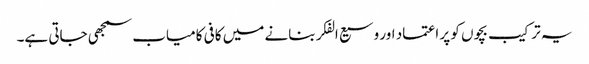
یہ ترکیب بچوں کو پر اعتماد اور وسیع الفکر بنانے میں کافی کامیاب سمجھی جاتی ہے۔